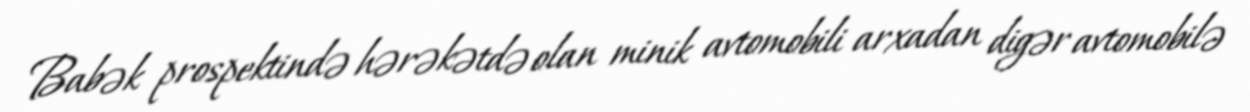
Babək prospektində hərəkətdə olan minik avtomobili arxadan digər avtomobilə